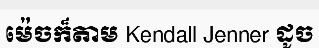
ម៉េចក៏តាម Kendall Jenner ដូច